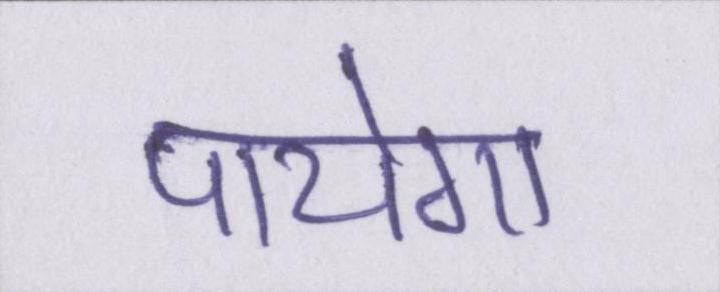
पायेगा